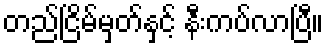
တည်ငြိမ်မှတ်နှင့် နီးကပ်လာပြီ။